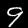
Label: 9